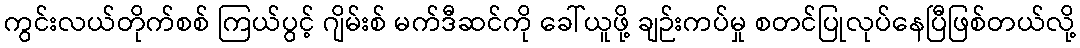
ကွင်းလယ်တိုက်စစ် ကြယ်ပွင့် ဂျိမ်းစ် မက်ဒီဆင်ကို ခေါ်ယူဖို့ ချဉ်းကပ်မှု စတင်ပြုလုပ်နေပြီဖြစ်တယ်လို့